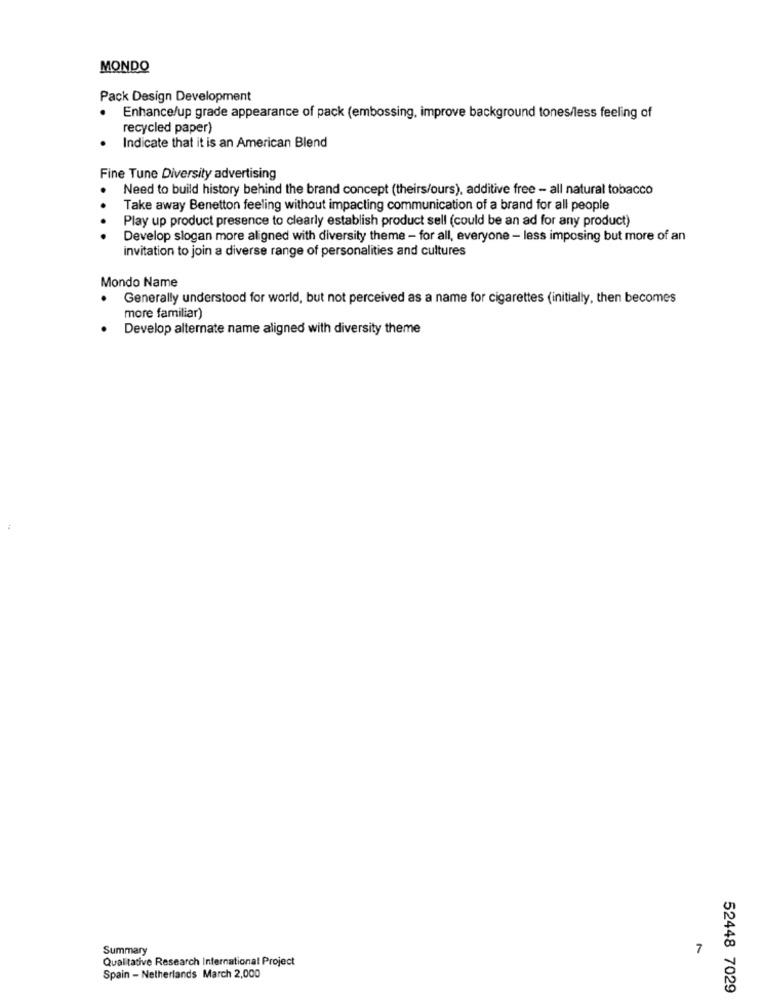
MONDO
Pack Design Development
Enhance/up grade appearance of pack (embossing, improve background tones/less feeling of
recycled paper)
Indicate that it is an American Blend
Fine Tune Diversity advertising
Need to build history behind the brand concept (theirs/ours). additive free - all natural tobacco
. .
Take away Benetton feeling without impacting communication of a brand for all people
Play up product presence to clearly establish product sell (could be an ad for any product)
Develop slogan more aligned with diversity theme - for all, everyone - less imposing but more of an
invitation to join a diverse range of personalities and cultures
Mondo Name
Generally understood for world, but not perceived as a name for cigarettes (initially, then becomes
more familiar)
Develop alternate name aligned with diversity theme
Summary
7
Qualitative Research International Project
Spain - Netherlands March 2,000
52448 7029